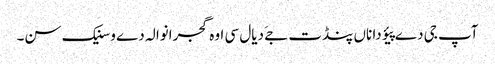
آپ جی دے پیؤ دا ناں پنڈت جےَ دیال سی اوہ گجرانوالہ دے وسنیک سن۔